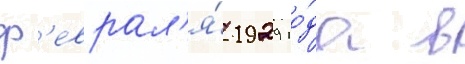
ф'еврал'я́ 1929 го́да в